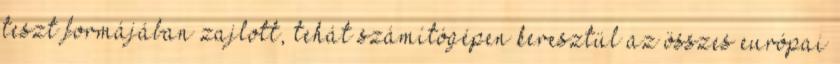
teszt formájában zajlott, tehát számítógépen keresztül az összes európai